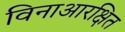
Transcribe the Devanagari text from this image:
विनाआरक्षित